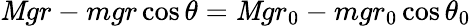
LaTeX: \mathit{M}gr-mgr\cos{\theta}=\mathit{M}gr_{0}-mgr_{0}\cos{\theta_{0}}